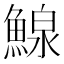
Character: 鰁